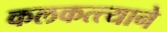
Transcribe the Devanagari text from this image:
कलकत्त्याने